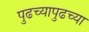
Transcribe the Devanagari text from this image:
पुढच्यापुढच्या